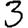
Digit: 3